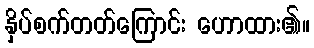
နှိပ်စက်တတ်ကြောင်း ဟောထား၏။